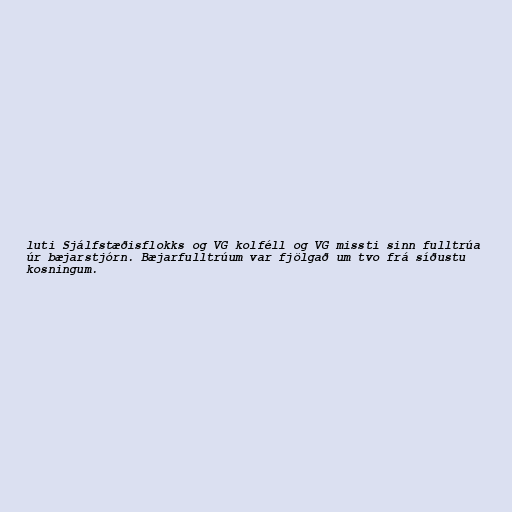
luti Sjálfstæðisflokks og VG kolféll og VG missti sinn fulltrúa
úr bæjarstjórn. Bæjarfulltrúum var fjölgað um tvo frá síðustu
kosningum.